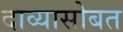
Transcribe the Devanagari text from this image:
दाव्यासोबत